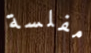
مفلسة